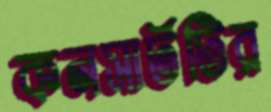
কনসার্টটির